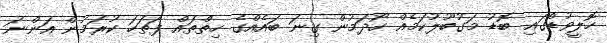
ހޮލީވުޑްގައި ބޮޑު މަގުބޫލުކަމެއް ހޯދަމުން ގިނަ ބައެއްގެ ހިތްތައް ފަތަހަ ކުރަމުން އަންނަ